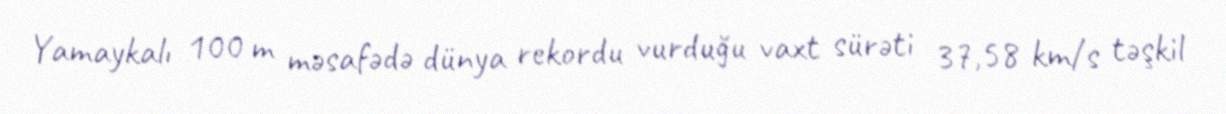
Yamaykalı 100 m məsafədə dünya rekordu vurduğu vaxt sürəti 37,58 km/s təşkil